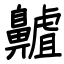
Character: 齇